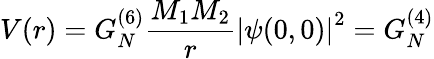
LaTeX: V(r)=G_{N}^{(6)}\frac{M_{1}M_{2}}{r}\left|\psi(0,0)\right|^{2}=G_{N}^{(4)}